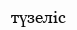
түзеліс